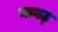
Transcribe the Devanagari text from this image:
मावठ्